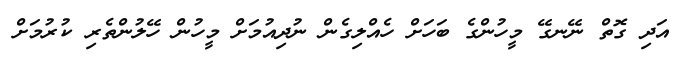
އަދި ގޮތް ނޭނގޭ މީހުންގެ ބަހަށް ހެއްލިގެން ނުދިއުމަށް މީހުން ހޭލުންތެރި ކުރުމަށް